Annual report on the working of the mental hospitals in the Madras Presidency - 1912-1932
Year: 1912
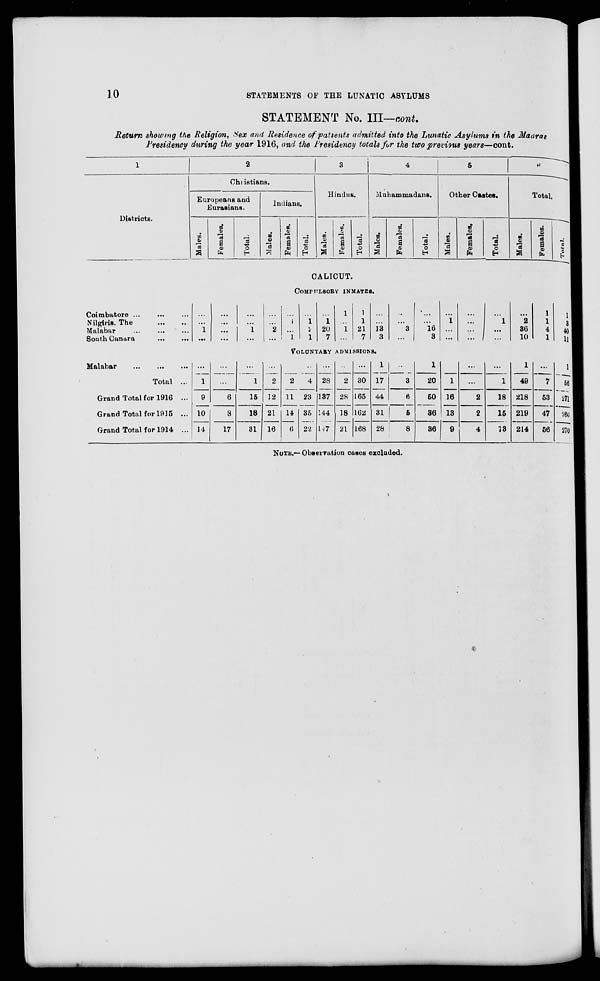
10
STATEMENTS OF THE LUNATIC ASYLUMS
STATEMENT No. III—cont.
Return showing the Religion, Sex and Residence of patients admitted into the Lunatic Asylums in the Madras
Presidency during the year 1916, and the Presidency totals for the two previous years—cont.
1
Districts.
2
Christians.
Europeans and
Eurasians.
Males.
Females.
Total.
Indians.
Males.
Females.
Total.
3
Hindus.
Males.
Females.
Total.
4
Muhammadans.
Males.
Females.
Total.
5
Other Castes.
Males.
Females.
Total.
6
Total.
Males.
Females.
Total.
CALICUT.
COMPULSORY INMATES.
Coimbatore ... ... ...
Nilgiris, The
...
...
Malabar
...
...
...
South Canara
...
...
...
...
1
...
...
...
...
...
...
...
1
...
...
...
2
...
...
1
...
1
...
1
2
1
...
1
20
7
1
...
1
...
1
1
21
7
...
...
13
3
...
...
3
...
...
...
16
3
...
1
...
...
...
...
...
...
...
1
...
...
...
2
36
10
1
1
4
1
1
3
40
11
VOLUNTARY ADMISSIONS.
Malabar
...
...
...
Total ...
Grand Total for 1916 ...
Grand Total for 1915 ...
Grand Total for 1914 ...
...
1
9
10
14
...
...
6
8
17
...
1
15
18
31
...
2
12
21
16
...
2
11
14
6
...
4
23
35
22
...
28
137
144
147
...
2
28
18
21
...
30
165
162
168
1
17
44
31
28
...
3
6
5
8
1
20
50
36
36
...
1
16
13
9
...
...
2
2
4
...
1
18
15
13
1
49
218
219
214
...
7
53
47
56
1
56
271
266
270
NOTE.—Observation cases excluded.